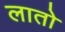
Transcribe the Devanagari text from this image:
लातो